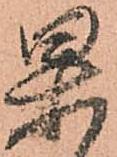
果